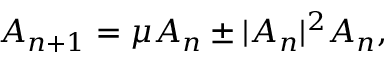
A _ { n + 1 } = \mu A _ { n } \pm \vert A _ { n } \vert ^ { 2 } A _ { n } ,